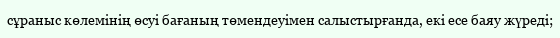
сұраныс көлемінің өсуі бағаның төмендеуімен салыстырғанда, екі есе баяу жүреді;